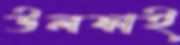
উলফাই